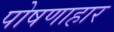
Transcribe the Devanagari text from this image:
पोषणाहार